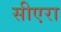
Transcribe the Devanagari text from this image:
सीएरा